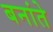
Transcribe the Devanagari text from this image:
बनांते